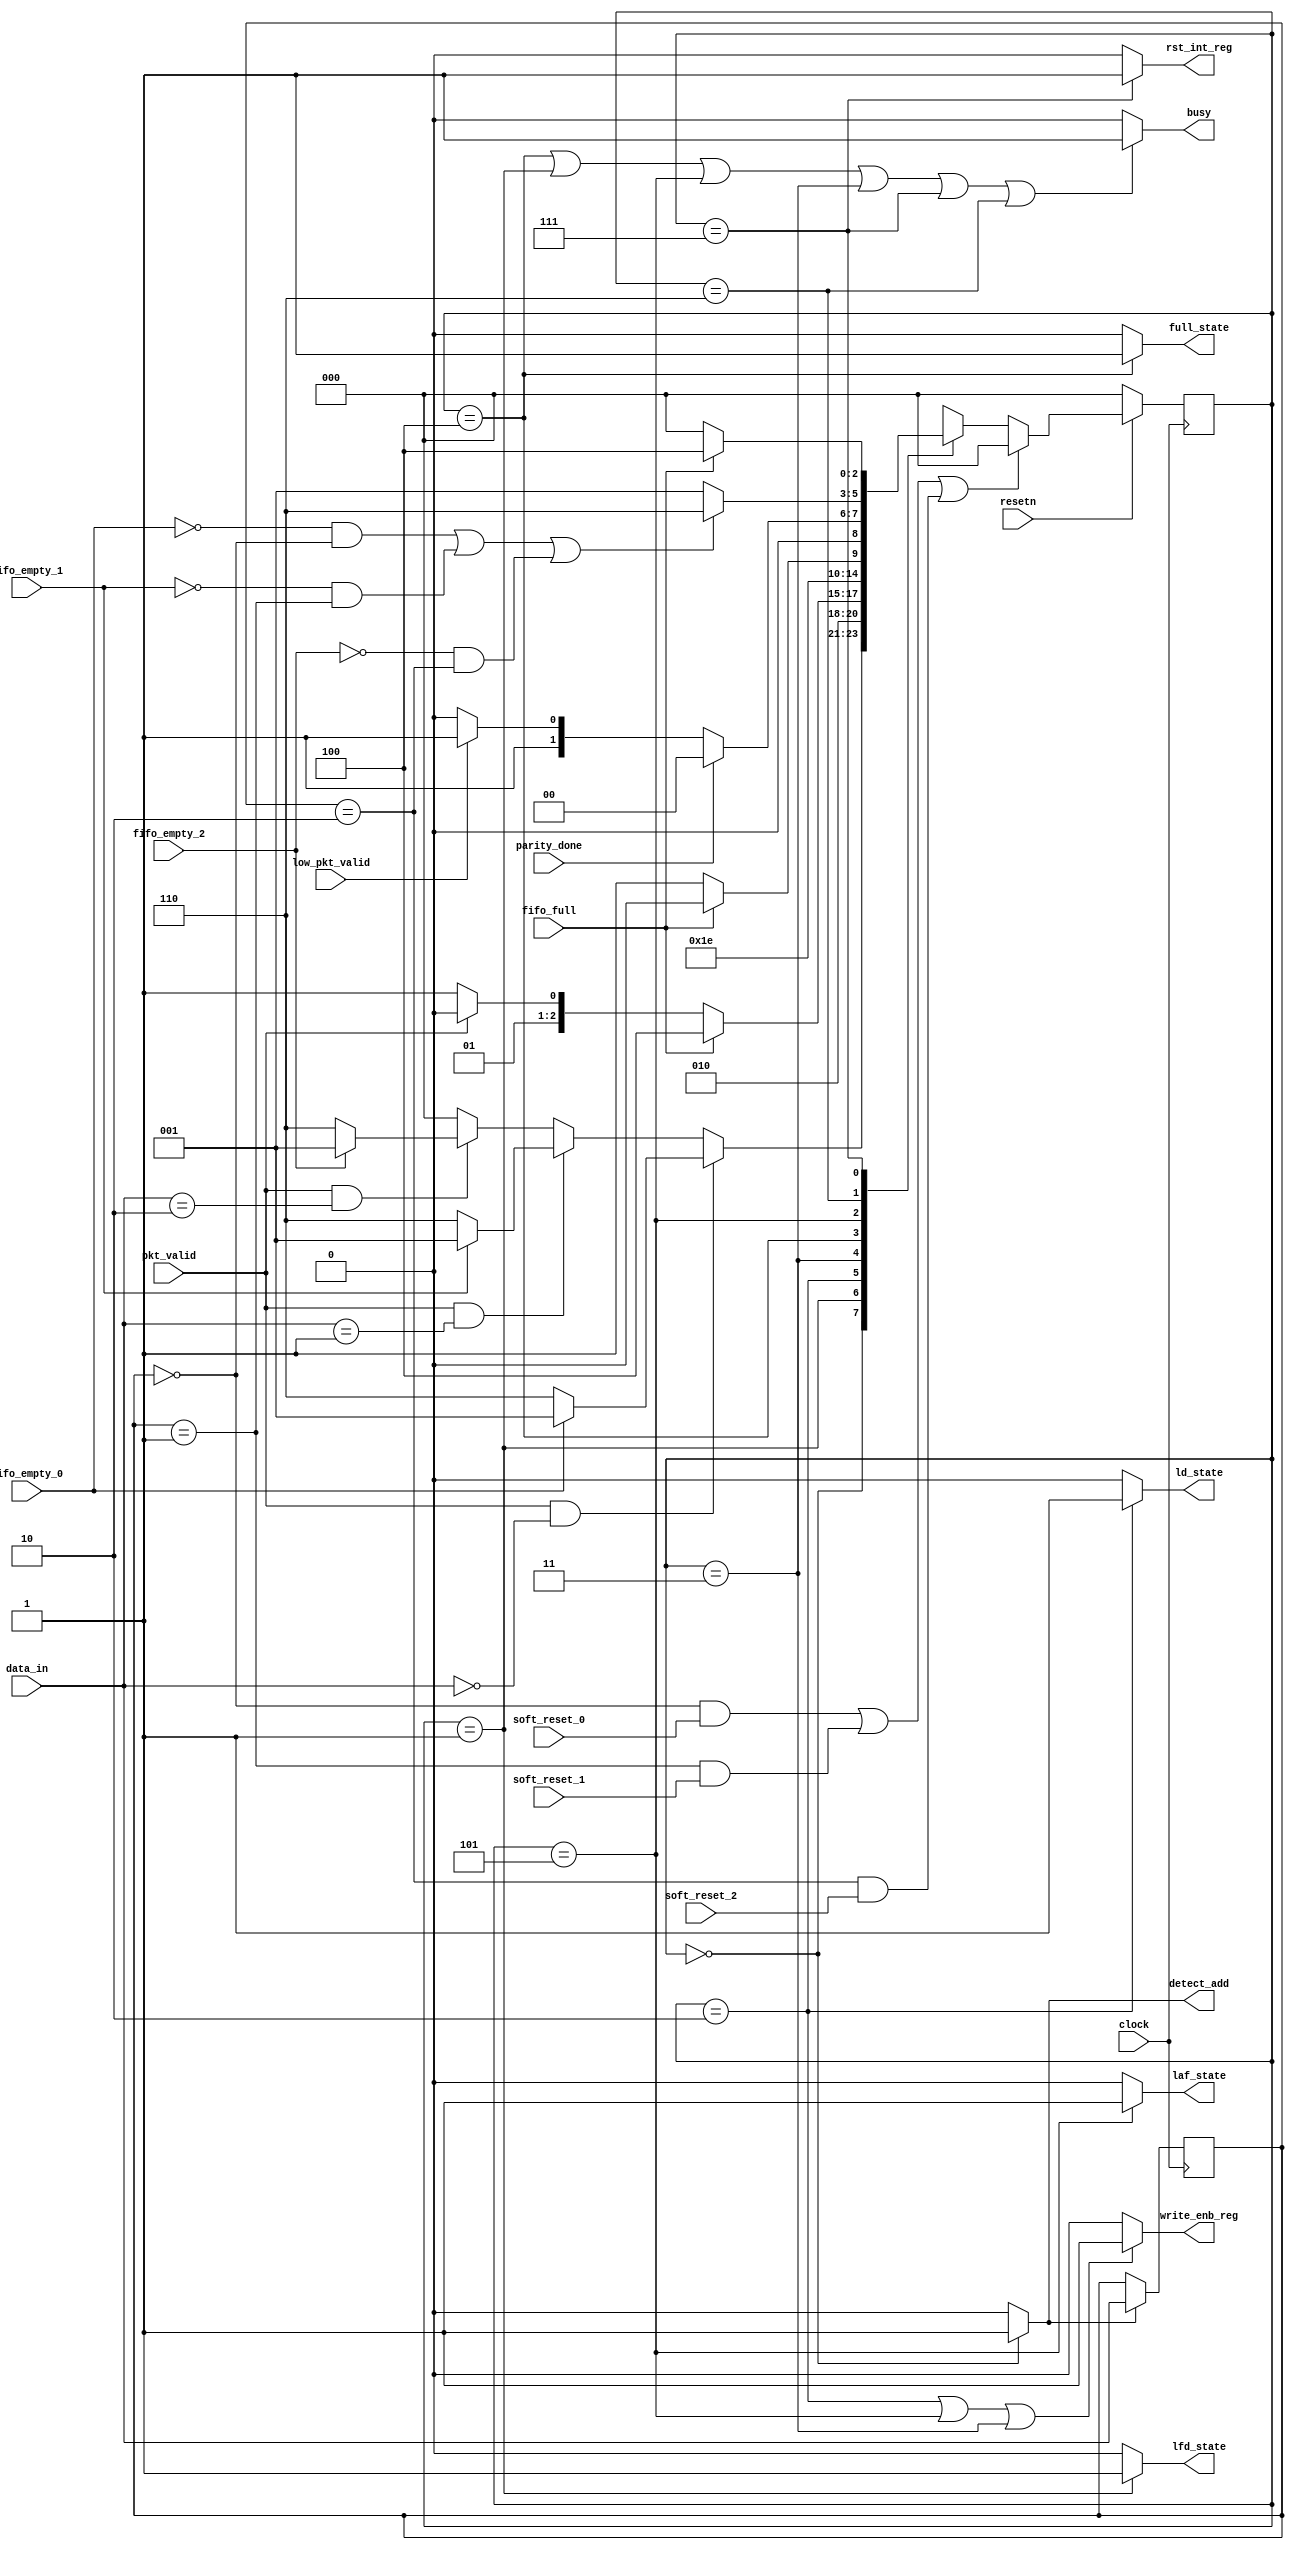
module router_fsm(input clock,
				 input fifo_empty_0,fifo_empty_1,fifo_empty_2,
				 input fifo_full,
				 input pkt_valid,
				 input resetn,
				 input parity_done,
				 input soft_reset_0,soft_reset_1,soft_reset_2,
				 input low_pkt_valid,
				 input [1:0] data_in,
				 
				 output busy,
				 output detect_add,
				 output write_enb_reg,
				 output ld_state,
				 output laf_state,
				 output lfd_state,
				 output full_state,
				 output rst_int_reg);
				 
	parameter 	DECODE_ADDRESS = 3'b000,
				LOAD_FIRST_DATA= 3'b001,
				LOAD_DATA		= 3'b010,
				LOAD_PARITY		= 3'b011,
				FIFO_FULL_STATE = 3'b100,
				LOAD_AFTER_FULL = 3'b101,
				WAIT_TILL_EMPTY = 3'b110,
				CHECK_PARITY_ERROR= 3'b111;
	
	//Internal Registers
	reg [2:0] pre_state;
	reg [2:0] next_state;
	reg [1:0] data_in_temp;
	
	// Address logic
	always @(posedge clock)
		begin
			if(detect_add)
				data_in_temp<=data_in;
		end
		
	//Present State Logic 
	always @(posedge clock)
		begin
			if (~resetn)
				pre_state<= DECODE_ADDRESS;
			else if (((data_in_temp == 0) & soft_reset_0)|((data_in_temp == 1) & soft_reset_1) | ((data_in_temp == 2) & soft_reset_2))
				pre_state<= DECODE_ADDRESS;
			else
				pre_state<= next_state;
		end
		
	//Next_state logic
	always @(*)
		begin
			next_state =DECODE_ADDRESS;
				case(pre_state)
					DECODE_ADDRESS : 
										begin
											if(pkt_valid==1 && (data_in[1:0] == 2'b00))
												begin
													if(fifo_empty_0)
														next_state = LOAD_FIRST_DATA;
													else
														next_state = WAIT_TILL_EMPTY;
												end
											else if(pkt_valid==1 && (data_in[1:0] == 2'b01))
												begin
													if(fifo_empty_1)
														next_state = LOAD_FIRST_DATA;
													else
														next_state = WAIT_TILL_EMPTY;
												end
											else if(pkt_valid==1 && (data_in[1:0] == 2'b10))
												begin
													if(fifo_empty_2)
														next_state = LOAD_FIRST_DATA;
													else
														next_state = WAIT_TILL_EMPTY;
												end
											else
												next_state = DECODE_ADDRESS;
										end
					
					LOAD_FIRST_DATA :
										begin
											next_state = LOAD_DATA;
										end
					LOAD_DATA		 :
										begin
											if(fifo_full == 1'b1)
												next_state = FIFO_FULL_STATE;
											else if(pkt_valid == 1'b0)
												next_state = LOAD_PARITY;
											else 
												next_state = LOAD_DATA;
										end
					LOAD_PARITY     :  
										begin
											next_state = CHECK_PARITY_ERROR;
										end
					FIFO_FULL_STATE :
										begin
											if(fifo_full==1'b1)
												next_state = FIFO_FULL_STATE;
											else
												next_state = LOAD_AFTER_FULL;
										end
					LOAD_AFTER_FULL : 
										begin
											if(parity_done == 1'b1)
												next_state = DECODE_ADDRESS;
											else if(low_pkt_valid == 1'b1)
												next_state = LOAD_PARITY;
											else 
												next_state = LOAD_DATA;
										end
					WAIT_TILL_EMPTY : 
										begin
											if((~fifo_empty_0 && (data_in_temp == 0)) | (~fifo_empty_1 && (data_in_temp == 1)) | (~fifo_empty_2 && (data_in_temp == 2)))
												begin
													next_state = WAIT_TILL_EMPTY;
												end
											else
												next_state = LOAD_FIRST_DATA;
										end
					CHECK_PARITY_ERROR: 
										begin
											if(~fifo_full)
												next_state = DECODE_ADDRESS;
											else
												next_state = FIFO_FULL_STATE;
											end
				endcase
		end
		 
		 
		 
		
	//Output Logic
	
	assign detect_add = (pre_state == DECODE_ADDRESS) ? 1'b1 :1'b0;
	assign ld_state   = (pre_state == LOAD_DATA) ? 1'b1 : 1'b0;
	assign lfd_state  = (pre_state == LOAD_FIRST_DATA) ? 1'b1 : 1'b0;
	assign rst_int_reg= (pre_state == CHECK_PARITY_ERROR) ? 1'b1 : 1'b0;
	assign laf_state  = (pre_state == LOAD_AFTER_FULL)? 1'b1 : 1'b0;
	assign full_state = (pre_state == FIFO_FULL_STATE)? 1'b1 : 1'b0;
	assign write_enb_reg=((pre_state==LOAD_DATA)||(pre_state==LOAD_AFTER_FULL)||(pre_state==LOAD_PARITY))? 1'b1 : 1'b0;
	assign busy        = ((pre_state==FIFO_FULL_STATE) || (pre_state==LOAD_FIRST_DATA)||(pre_state==LOAD_AFTER_FULL)||(pre_state==LOAD_PARITY)||(pre_state==CHECK_PARITY_ERROR)||(pre_state == WAIT_TILL_EMPTY))? 1'b1 : 1'b0;

endmodule